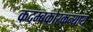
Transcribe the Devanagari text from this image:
कदम्बकोरकन्याय